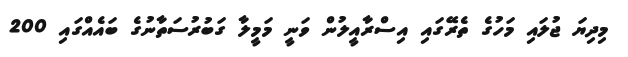
މިދިޔަ ޖުލައި މަހުގެ ތެރޭގައި އިސްރާއީލުން ވަނީ މަމީލާ ގަބުރުސަތާނުގެ ބައެއްގައި 200